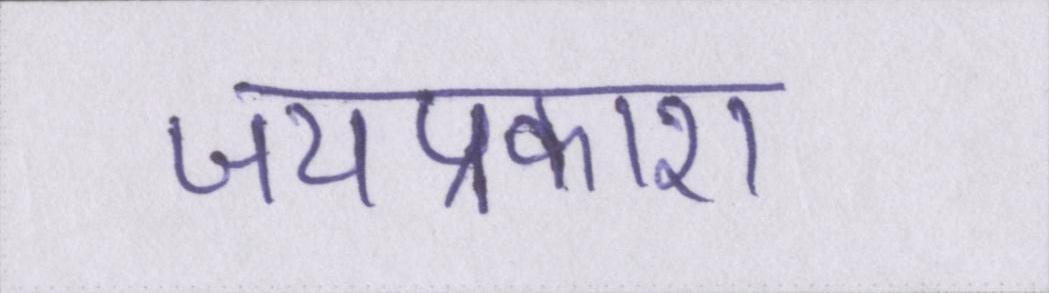
जयप्रकाश